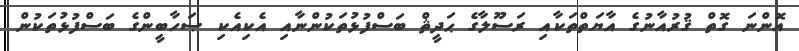
އޮންނަ ގޮތް ޤުރުއާނުގެ އާޔަތްތަކާއި ރަސޫލާގެ ޙަދީޘް ބަސްފުޅުތަކުންނާއި އެކިއެކި ޞަހާބީންގެ ބަސްފުޅުތަކުން